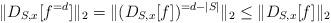
LaTeX: \begin{align*} \|D_{S,x}[f^{=d}]\|_2 = \| (D_{S,x}[f])^{= d-|S|} \|_2 \le \|D_{S,x}[f]\|_2 \end{align*}